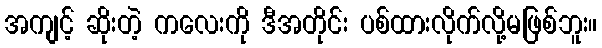
အကျင့် ဆိုးတဲ့ ကလေးကို ဒီအတိုင်း ပစ်ထားလိုက်လို့မဖြစ်ဘူး။